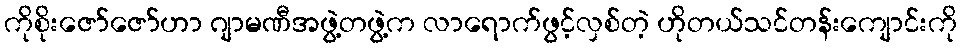
ကိုစိုးဇော်ဇော်ဟာ ဂျာမဏီအဖွဲ့တဖွဲ့က လာရောက်ဖွင့်လှစ်တဲ့ ဟိုတယ်သင်တန်းကျောင်းကို